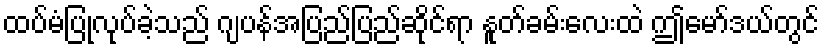
ထပ်မံပြုလုပ်ခဲ့သည် ဂျပန်အပြည်ပြည်ဆိုင်ရာ နူတ်ခမ်းလေးထဲ ဤမော်ဒယ်တွင်